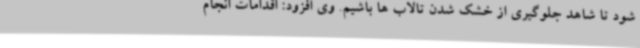
شود تا شاهد جلوگیری از خشک شدن تالاب ها باشیم. وی افزود: اقدامات انجام